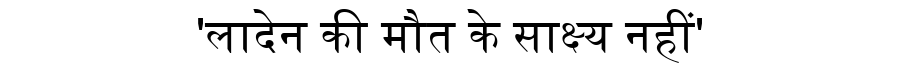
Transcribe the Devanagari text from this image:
'लादेन की मौत के साक्ष्य नहीं'